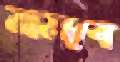
সমাব